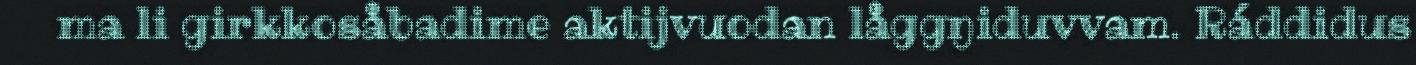
ma li girkkosåbadime aktijvuodan låggŋiduvvam. Ráddidus